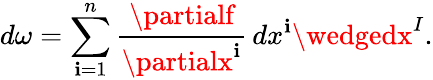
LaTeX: d\omega=\sum_{\mathbf{i}=1}^{n}{\frac{{\partialf}}{{\partialx^{\mathbf{i}}}}}\, dx^{\mathbf{i}}\wedgedx^{I}.